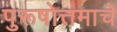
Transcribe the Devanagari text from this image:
पुरूषोत्तमाचे